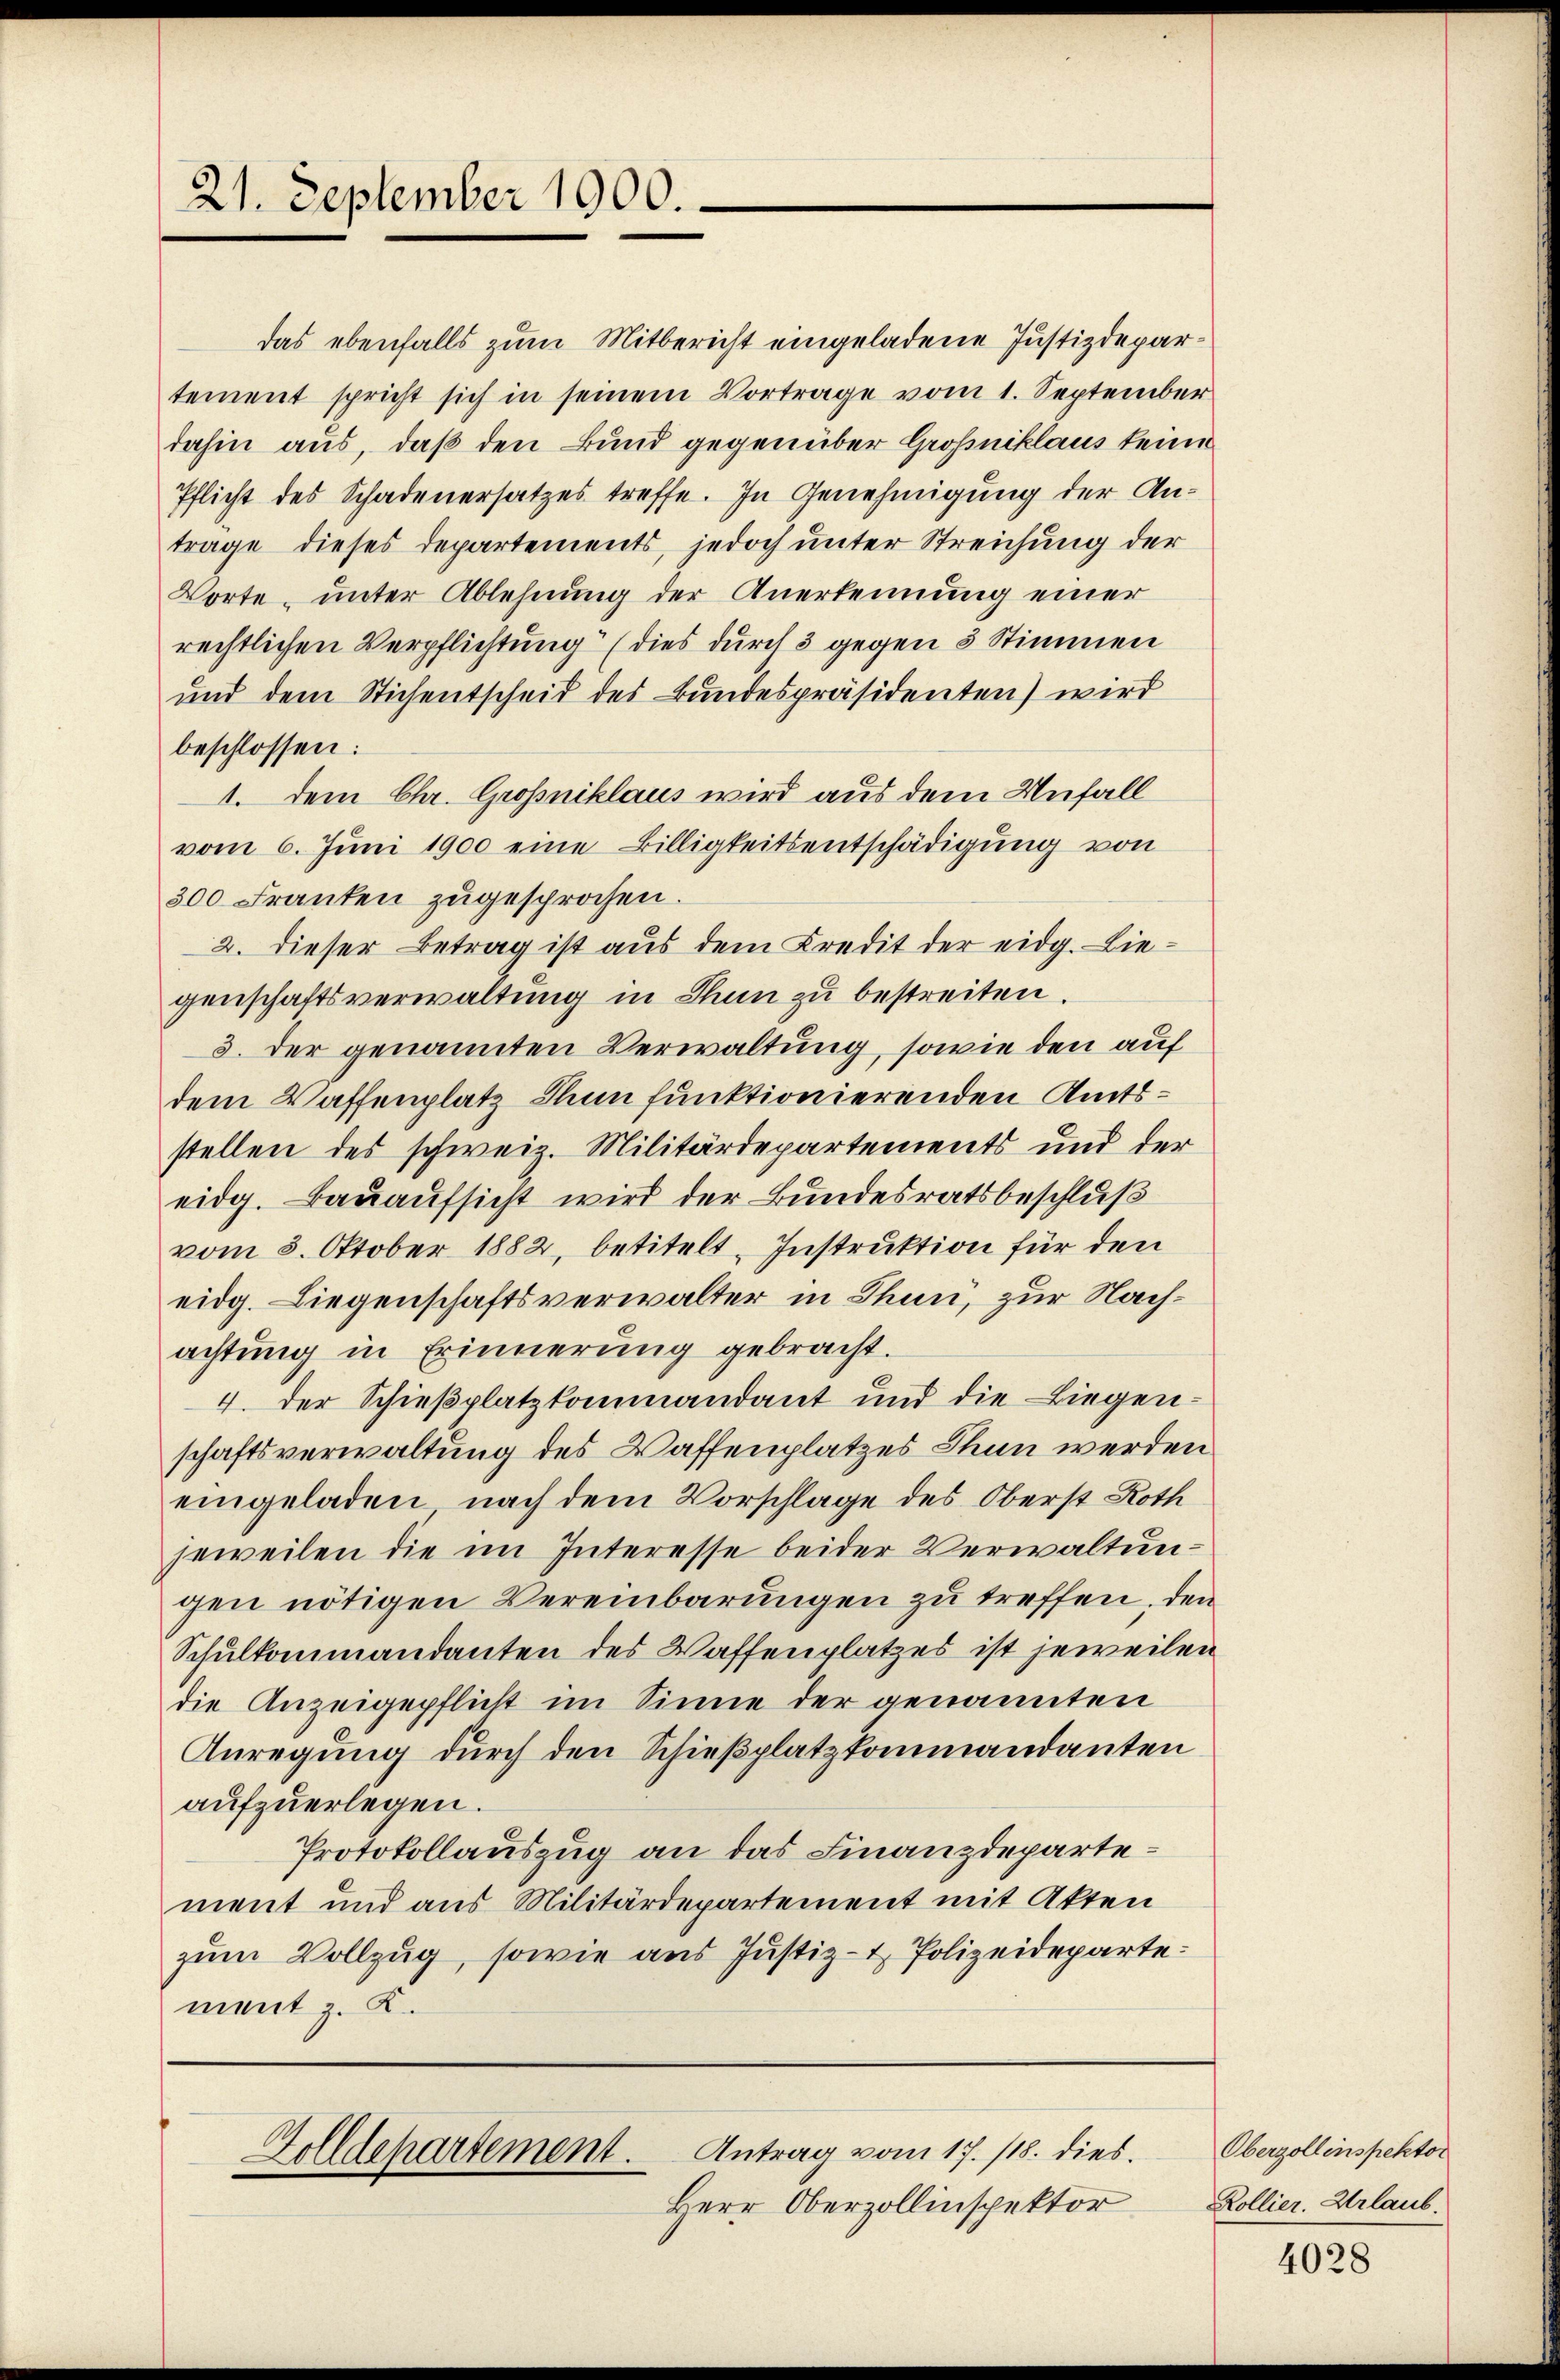
21. September 1900.

das ebenfalls zum Mitbericht eingeladene Justizdepartement spricht sich in seinem Vortrage vom 1. September
dahin aus, daß den Bund gegenüber Großniklaus keine
Pflicht des Schadenersatzes treffe. In Genehmigung der Antrage dieses Departements, jedoch unter Streichung der
Worte, unter Ablehnung der Anerkennung einer
rechtlichen Verpflichtung (dies durch 3 gegen 8 Stimmen
und dem Stichentscheid des Bundespräsidenten) wird
beschlossen:
1. dem Chr. Grossniklaus wird aus dem Unfall
vom 6. Juni 1900 eine Billigkeitsentschädigung von
300 Franken zugesprochen.
2. dieser Betrag ist aus dem Kredit der eidg. Liegenschaftsverwaltung in Thun zu bestreiten.
3. der genannten Verwaltung, sowie den auf
dem Waffenplatz Thun funktionierenden Amtsstellen des schweiz. Militärdepartements und der
eidg. Bauaufsicht wird der Bundesratsbeschluß
vom 3. Oktober 1882, betitelt. Instruktion für den
eidg. Liegenschaftsverwalter in Thun, zur Nachachtung in Erinnerung gebracht.
4. Der Schießplatzkommandant und die Liegenschaftsverwaltung des Waffenplatzes Thun werden
eingeladen, nach dem Vorschlage des Oberst Roth
jeweilen die im Interesse beider Verwaltungen nötigen Vereinbarungen zu treffen, den
Schulkommandanten des Waffenplatzes ist jeweilen
die Anzeigepflicht im Sinne der genannten
Anregung durch den Schießplatzkommandanten
aufzuerlegen.
Protokollauszug an das Finanzdepartement und aus Militärdepartement mit Akten
zum Vollzug, sowie aus Justiz- & Polizeidepartement z. K.

Antrag vom 17./18. dies¬
Zolldepartement.

Herr Oberzollinspektor

Oberzollenspektor
Kollier. Urlaub.

4028